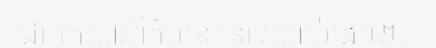
ជាអ្នកសារព័ត៌មាន នៅវេលាម៉ោង១២៖